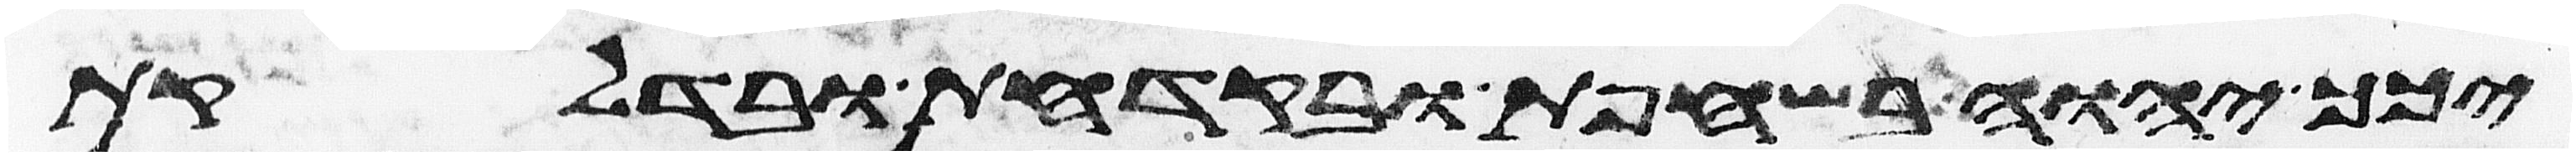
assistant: יכך יהוה בשחפת ובקדחת ובדלקת